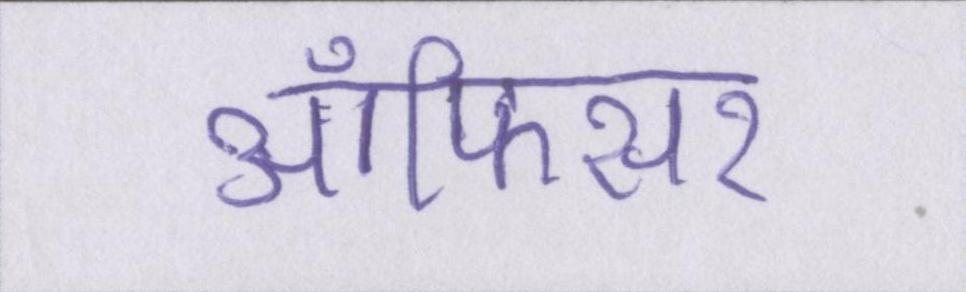
ऑफिसर